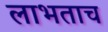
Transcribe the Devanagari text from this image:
लाभताच